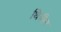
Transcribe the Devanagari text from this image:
थिवीम